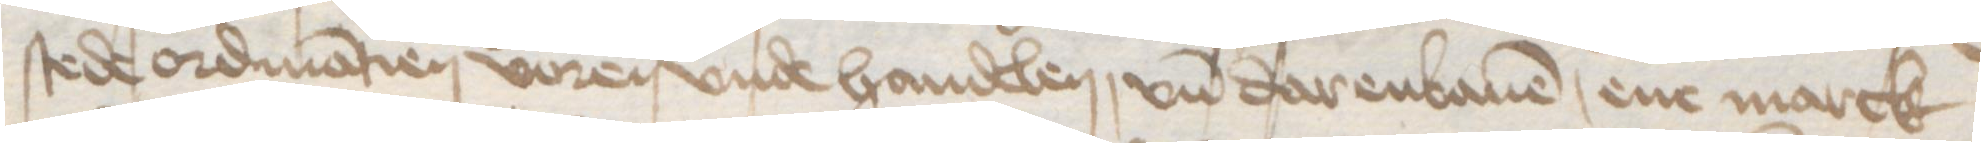
stede ordinatien voren vnde handelen, vnd darenbauen, ene marck